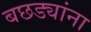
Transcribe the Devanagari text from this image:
बछड्यांना